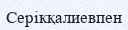
Серікқалиевпен